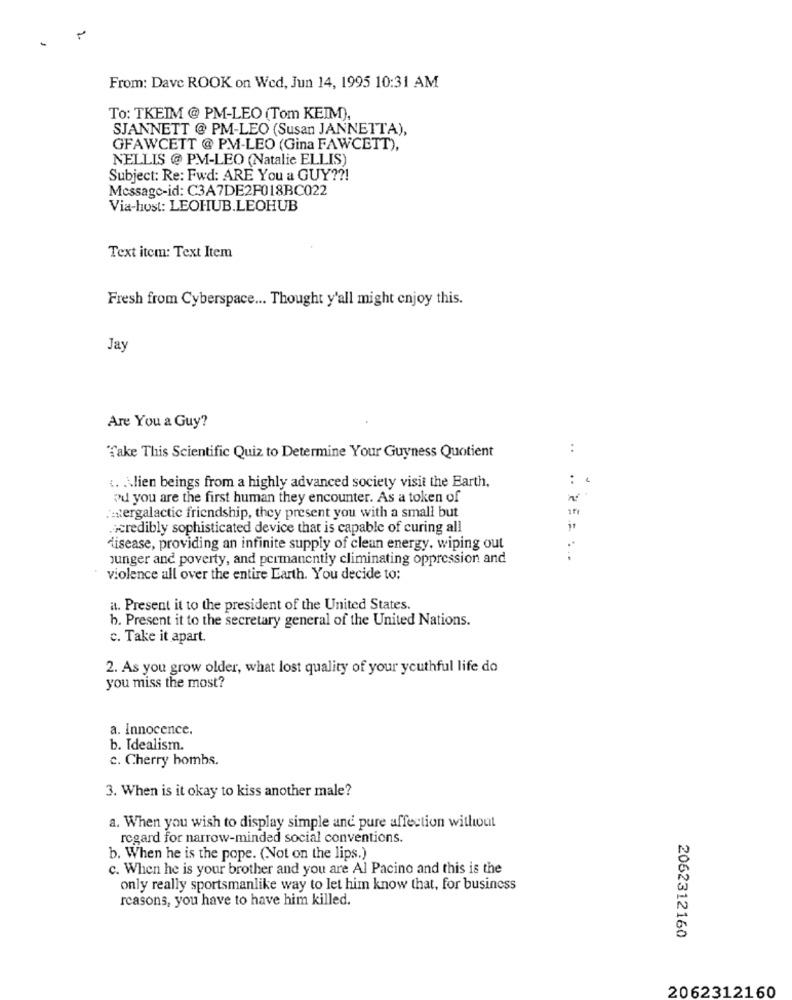
From: Dave ROOK on Wed, Jun 14, 1995 10:31 AM
To: TKEIM @ PM-LEO (Tom KEIM),
SJANNETT @ PM-LEO (Susan JANNETTA),
GFAWCETT @ PM-LEO (Gina FAWCETT),
NELLIS @ PM-LEO (Natalie ELLIS)
Subject: Re: Fwd: ARE You a GUY ??!
Message-id: C3A7DE2F018BC022
Via-host: LEOHUB.LEOHUB
Text item: Text Item
Fresh from Cyberspace ... Thought y'all might enjoy this.
Jay
Are You a Guy?
:
"Take This Scientific Quiz to Determine Your Guyness Quotient
‹. . \lien beings from a highly advanced society visit the Earth,
od you are the first human they encounter. As a token of
mergalactic friendship, they present you with a small but
credibly sophisticated device that is capable of curing all
disease, providing an infinite supply of clean energy, wiping out
junger and poverty, and permanently climinating oppression and
violence all over the entire Earth. You decide to:
a. Present it to the president of the United States.
b. Present it to the secretary general of the United Nations.
c. Take it apart.
2. As you grow older, what lost quality of your youthful life do
you miss the most?
a. Innocence.
b. Idealism.
c. Cherry bombs.
3. When is it okay to kiss another male?
a. When you wish to display simple and pure affection without
regard for narrow-minded social conventions.
b. When he is the pope. (Not on the lips.)
c. When he is your brother and you are Al Pacino and this is the
only really sportsmanlike way to let him know that, for business
reasons, you have to have him killed.
2062312160
2062312160